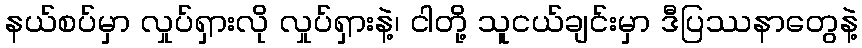
နယ်စပ်မှာ လှုပ်ရှားလို လှုပ်ရှားနဲ့၊ ငါတို့ သူငယ်ချင်းမှာ ဒီပြဿနာတွေနဲ့